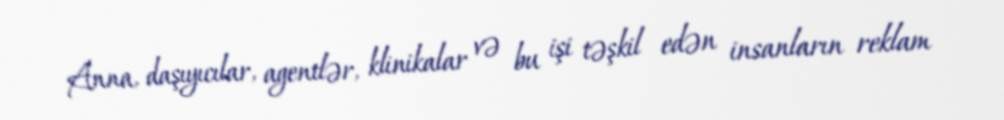
Anna, daşıyıcılar, agentlər, klinikalar və bu işi təşkil edən insanların reklam